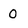
Character: 0